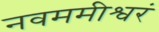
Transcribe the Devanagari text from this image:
नवममीश्वरं